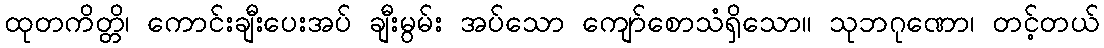
ထုတကိတ္တိ၊ ကောင်းချီးပေးအပ် ချီးမွမ်း အပ်သော ကျော်စောသံရှိသော။ သုဘဂုဏော၊ တင့်တယ်